Bréfritari: Hannes Finsen
Viðtakandi: Valgerður Finsen
Dagsetning: A-1869-03-23
Skrifað á: Reykjavík  Gull.
bróðir Valgerðar

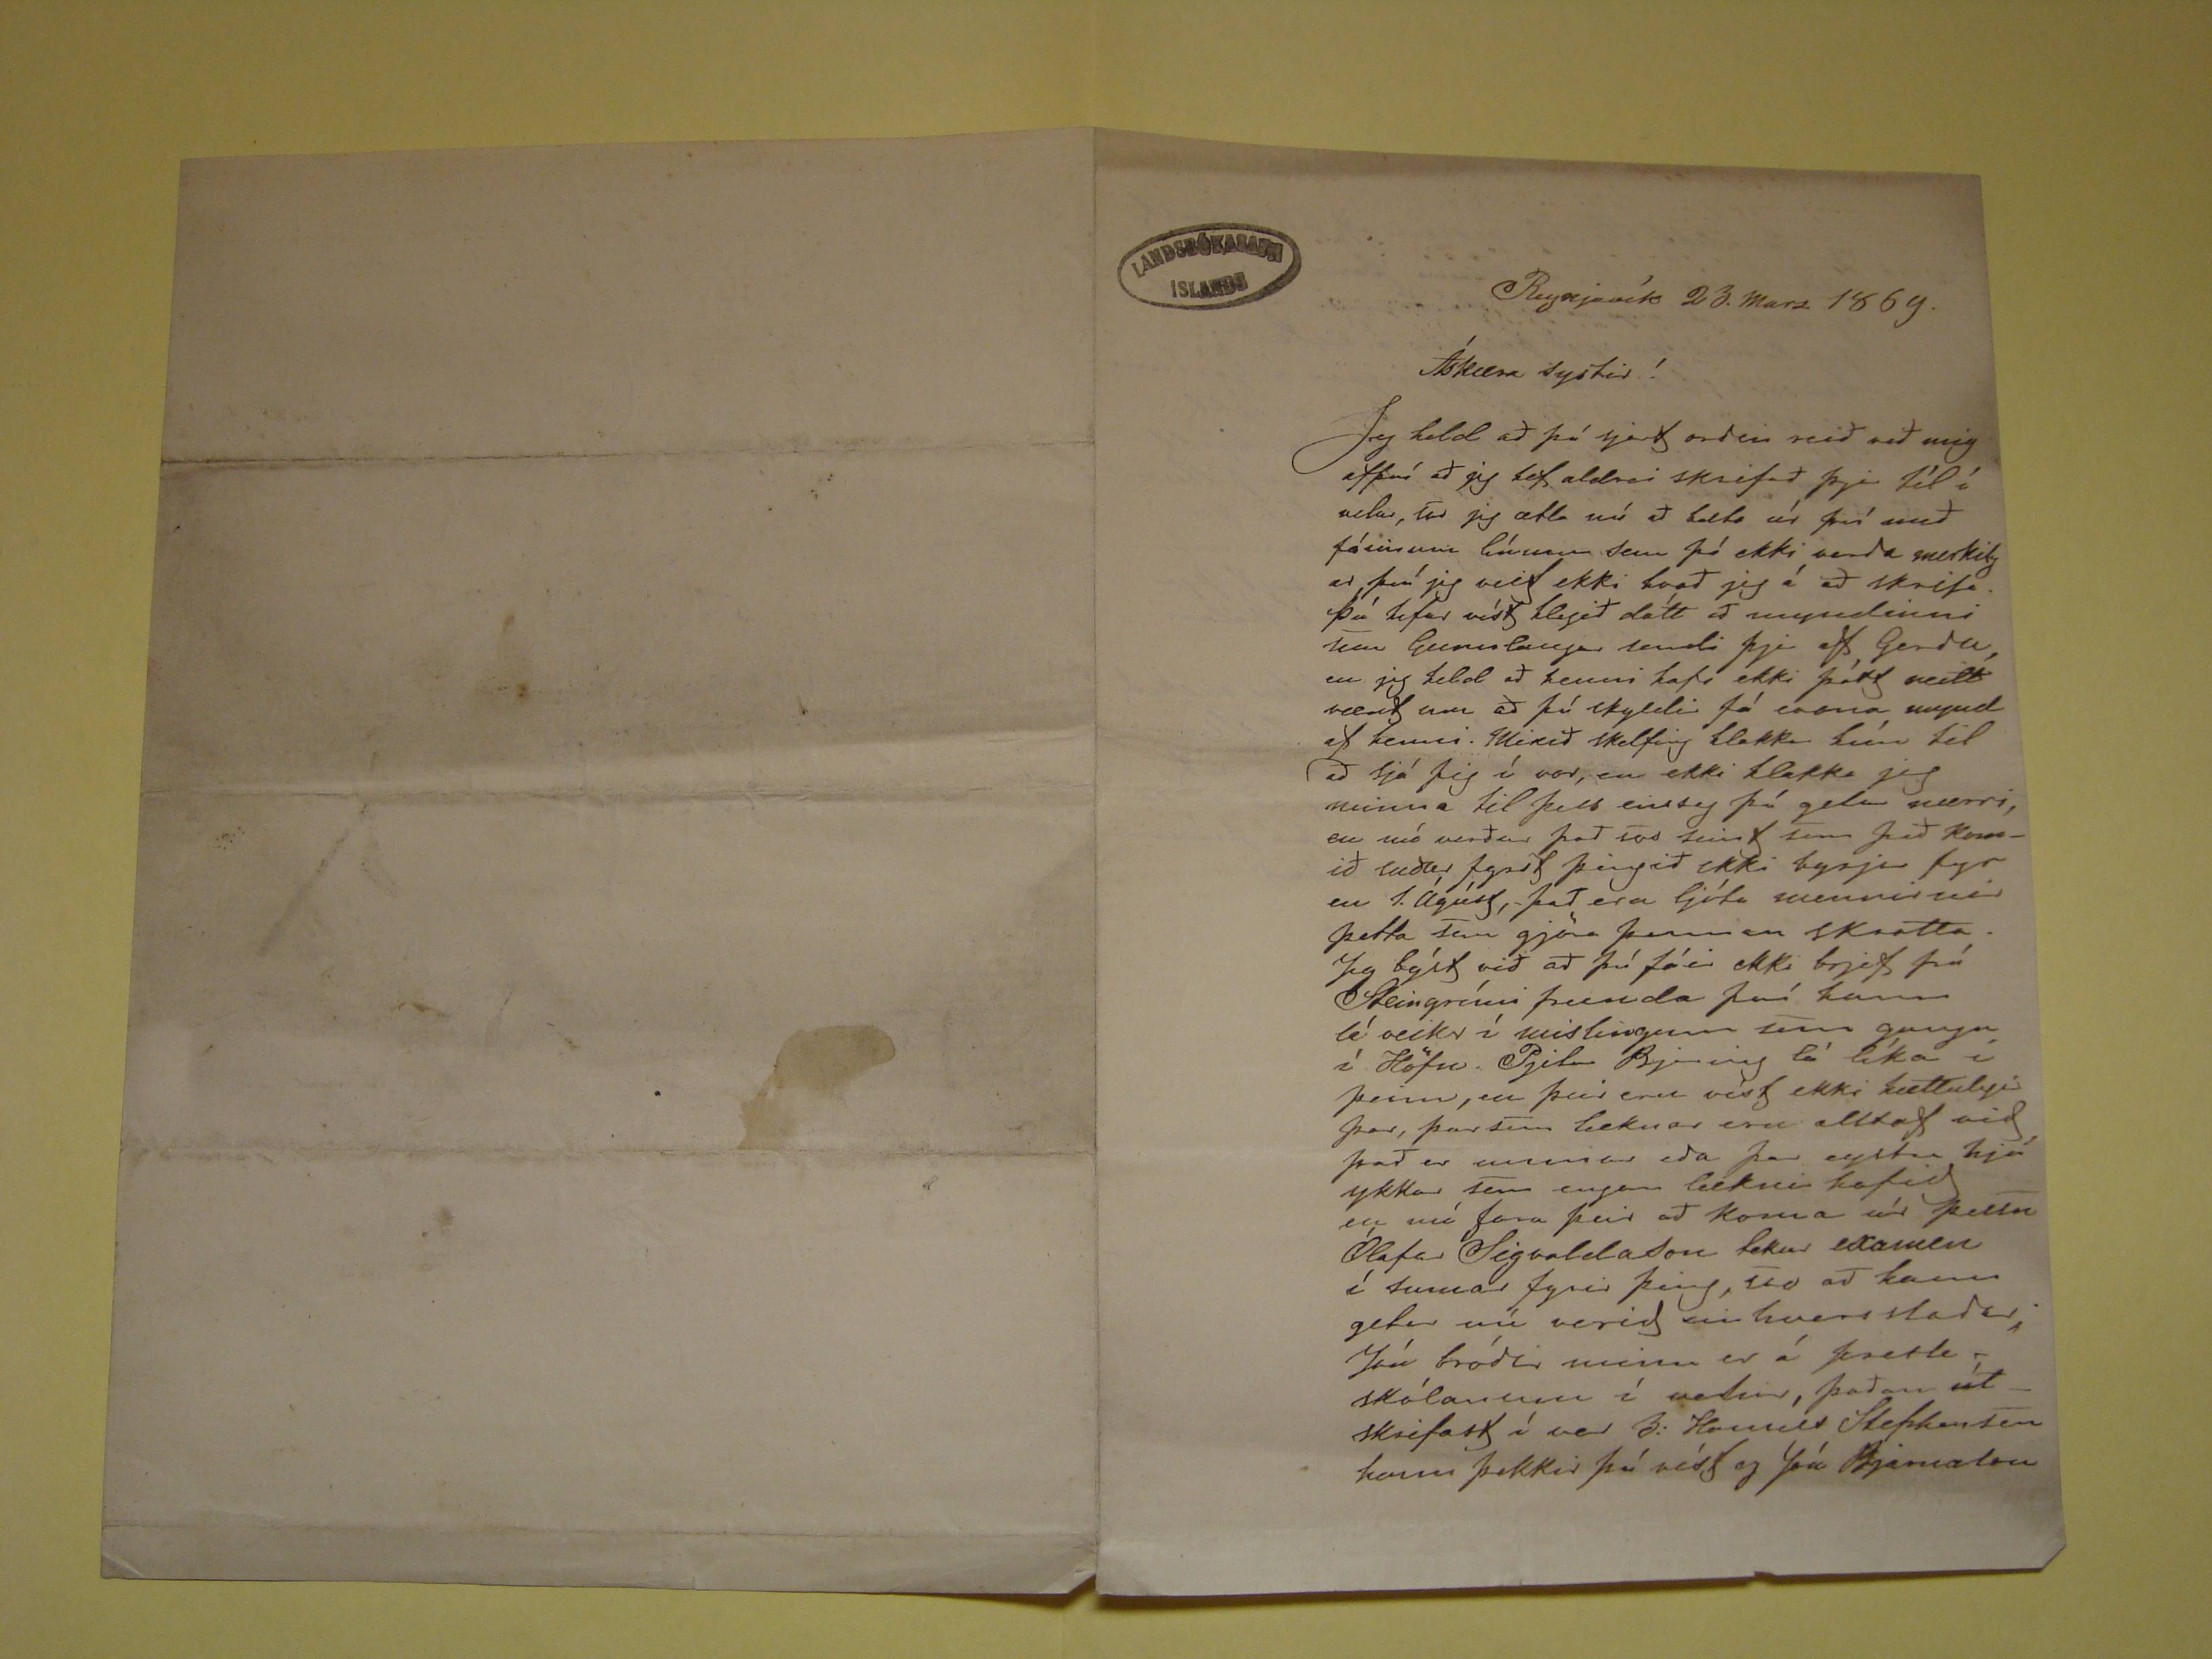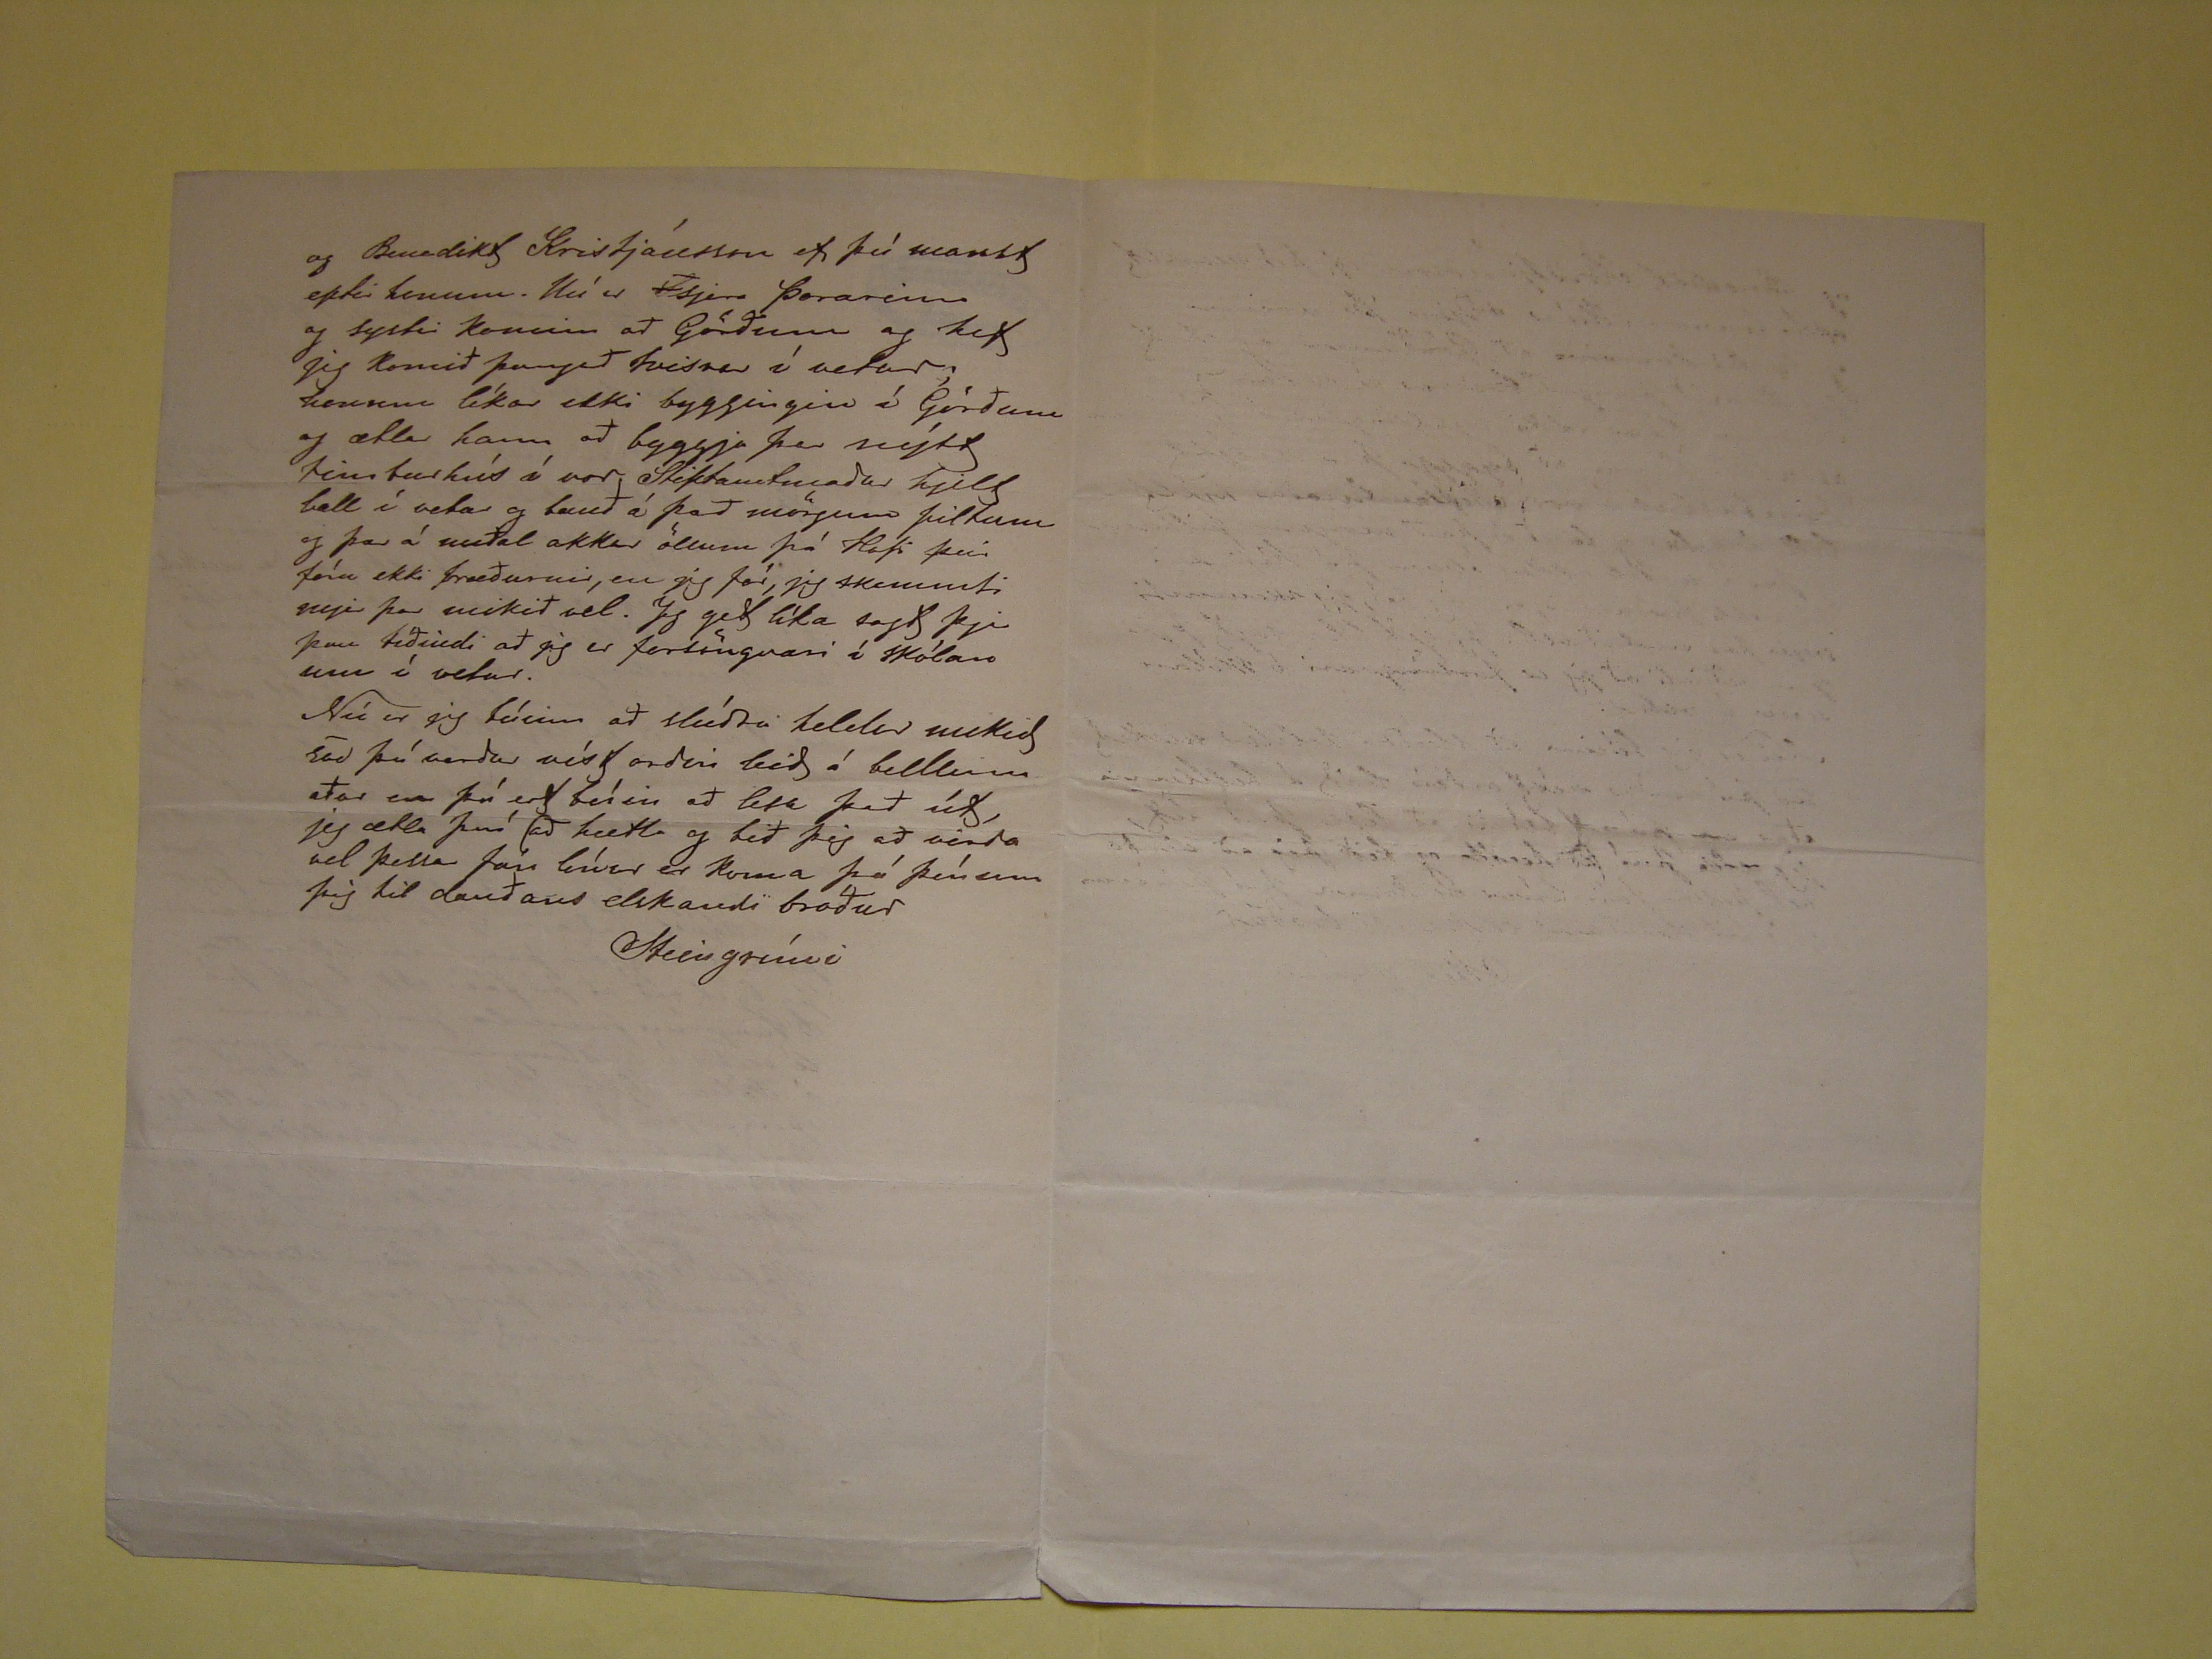

Reykjavík 23. Marz 1869
Ástkæra systir!
Jeg held að þú sjert orðin reið við mig afþví að jeg hef aldrei skrifað þjer til í velar,
tar
jeg ætla nú að bæta úr því með fáeinum línum sem
þó ekki verða merkilegar því jeg veit ekki hvað jeg á að skrifa. Þú hefur víst hlegið dátt að myndinni se mGUnnlauga sendi þjer af Gerðu en jeg held að henni hafi ekki
þótt neitt vænt um að þú skyldir fá svona mynd af henni. Mikið skelfing hlakka hún til að sjá þig í vor, en ekki hlakka jeg minna til þess einsog þú getur nærri, en
mó
verður það
sos
seint sem þið komið suður fyrst þingið ekki byrja fyr en 1. ágúst, það eru ljúfu svennirnir þetta tau
gjöa þennan skratta. Jeg býst við að þú fáir ekki brjef frá Steingrími frænda því hann lá veikr í mislingum sem gungu í Höfn. Pjetur
Bja???ig
lá líka í þeim, en þeir eru víst ekki hættulegir þar, þar sem læknar eru alltaf við það er
unnar
eða þar eystu hjá ykkar sem engan læknir hafið
en nú fara þeir að koma úr þessu Ólafar Sigvaldason tekur examen í sumar fyrir þing, svo að hann getur nú verið
ein
hvers staðar;
Jón bróðir minn er á
fresk
skólanum í vetur, þaðan útskrifast í vor B. Hamílt Stephensen hann þekki þú síst og þú Bjarnason
og Benedikt Kristjánsson ef þú manst eptir honum. Nú er
S
sjera Þorarinn og systir komin að Görðum og hef jeg
komið þangað tvisvar í vetur; hinum líkar ekki byggingin í Görðum og ætlar hann að byggja þar nýtt timburhús í vor Stiftamtmaður hjelt ball í vetur og bauð á að
mörgum piltum og þar á meðal okkur öllum frá Hofi þeir fóru ekki bræðurnir, en jeg fór, jeg skemmti mjer þar mikið vel. Jeg get líka sagt þjer þau tíðindi að jeg
er forsöngvari í skólanum í vetur. Nú er jeg búinn að slúðra heldur mikið svo þú verður víst orðin leið á bullinu aður en þú ert búin að lesa það út, ég ætla því (að
hætta og bið þig að virða vel þessa fáu línur er koma þá því
sem
þig til dauðans elskandi bróður
Steingrími